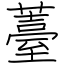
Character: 薹